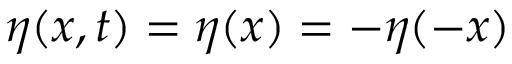
\eta ( x , t ) = \eta ( x ) = - \eta ( - x )